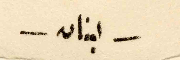
– لبنان –